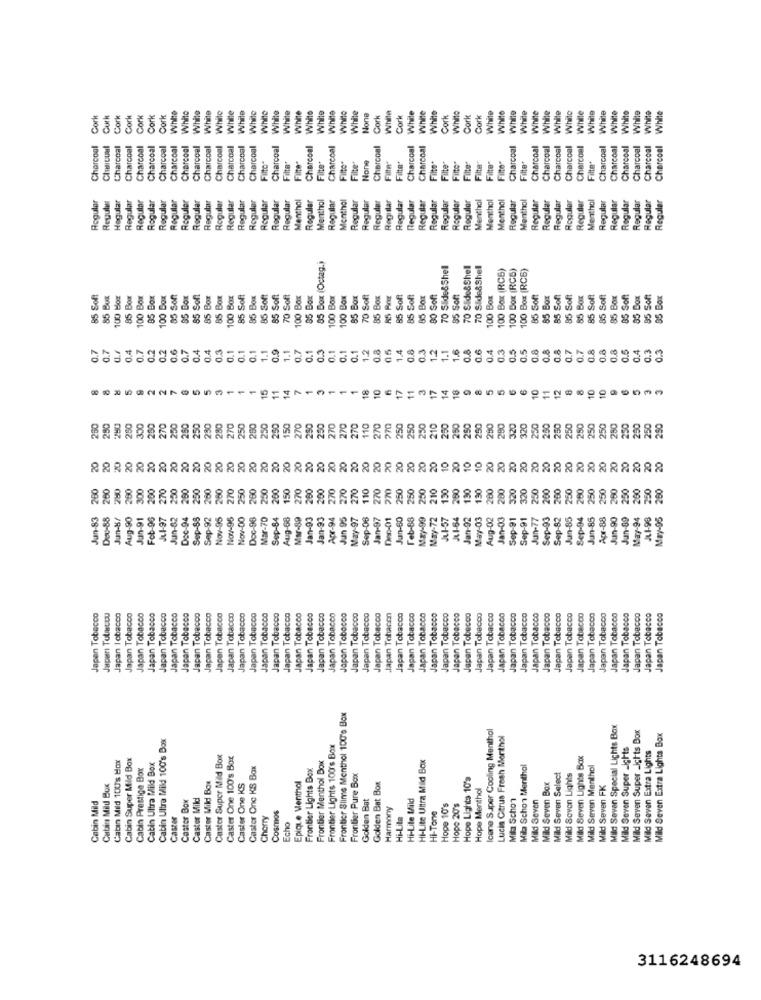
While
While
While
While
White
White
White
White
While
White
White
White
White
White
While
White
White
Cork
Cork
Cork
Cork
Cork
Cork
White
White
White
While
White
Cork
While
Cork
While
While
White
Cork
Cork
Cork
White
White
While
White
While
White
Charcoal
Charcoal
Charcoal
Charcoal
Charcoal
Charcoal
Charcoal
Charcoal
Charcoal
Charcoal
Charcoal
Charcoal
Charcoal
Charcoal
Charcoal
Charcoal
Charcoal
Charcoal
Charcoal
Charcoal
Charcoal
Charcoal
Charcoal
Charcoal
Charcoal
Charcoal
Charcoal
Charcoal
Charcoal
Charcoal
Charcoal
Charcoal
Filto"
Filter
Filte+
Filto"
Fifte"
Filte"
Finto"
Filter
Filte"
Filter
Filte"
Filte
Fitte"
Filte"
Filte
Filte"
Filte*
Roguler
Regular
Regular
Regular
Regular
Regular
Regular
Regular
Regular
Regular
Regular
Roguler
Regular
Regular
Regular
Menthol
Regular
Menthol
Regular
Monthal
Regular
Regular
Regular
Registar
Regular
Regular
Regular
Regular
Regular
Regular
Reguler
Menthol
Menthol
Menthol
Regular
Menthol
Regular
Regular
Regular
Rogular
Reguler
Menthol
Regular
Regular
Regular
Regular
Regular
Regular
Regula
Regula
Regula
85 Box (Octag.)
70 Slide&Shell
70 Slide&Shell
70 Slide&Shell
100 Box (RCS)
100 Box (RCS)
100 Box (RCB)
85 Soft
100 Box
85 Box
100 Box
05 Box
100 Box
85 Soft
95 Box
85 Soft
85 Box
85 Box
100 Box
85 Soft
85 Box
85 Soft
85 Soft
70 Soft
100 Box
85 Box
100 Box
100 Box
85 Box
70 Soft
85 Box
85 Soft
85 Soft
85 Box
80 Soft
100 Box
85 Soft
85 Box
85 Soft
85 Soft
85 Box
85 Soft
85 Soft
85 Box
85 Soft
05 Box
Soft
95 Box
85
85 B
0.4
0.7
0.2
0.2
0.7
0.4
0.4
0.3
0.1
0.1
0.1
1.1
0.9
1.1
0.7
0.1
0.3
0.1
0.1
12
0.8
05
1.4
0.8
0.3
1.2
1.1
1.6
0.8
0.6
0.4
0.3
0.5
0.5
0.8
0.8
0.8
0.7
0.7
0.8
0.8
0.8
0.5
0.4
0.3
0.3
0.1
14
3
10
2
8
15
11
18
10
11
8
10
10
280
270
250
250
210
250
250
250
320
320
250
300
250
230
270
250
250
250
250
150
270
250
250
270
270
110
270
270
250
250
290
280
250
250
250
250
250
250
250
280
250
250
250
250
20
20
10
20
10
20
20
20
20
20
20
300
200
250
260
250
260
260
270
250
260
250
200
150
270
250
200
270
270
270
110
270
270
250
250
250
210
150
260
130
130
200
200
320
320
250
200
200
250
260
250
250
260
250
200
260
Jan-83
Jun-8/
Aug-90
Jun-91
Feb-96
Je1-97
Jun-82
Doc-94
Sep-88
Sep-92
Nov-95
Nov-95
Nov-00
Doc-96
Mar-70
Sep-84
Aug-68
Mar-89
Jan-93
Jan-93
Apr-94
Jan 95
May-97
Jan-97
Dec-01
Jan-60
Feb-88
May-99
May-72
Jul-57
JA1-64
Jan-92
May-03
Aug-02
Jan-03
Sep-91
Sep-91
Jun-77
Sep-93
Sep-82
Jun-85
Sep-94
Jun-85
Apr-88
Jun-90
Jun-89
May-94
JL1-98
May-95
Dev-B
8
Japan Tobacco
Japan Tobacco
Japan Tobacco
Japan Tobacco
Japan Tobacco
n Tobacco
an Tobacco
Tobacco
Tobacco
Tobacco
Japan Tobacco
Japan Tobacco
Japan Tobacco
Japan Tobacco
Japir Tobuscou
cbaco
Japan Tobacco
Japan Tobacco
Japan Tobacco
Japan Tobacco
Japan Tobacco
Japan Tobacco
Japan Tobacco
Japan Tobacco
an Tobacco
Japan Tobacco
Japan Tobacco
Japan Tobacco
Japan Tobacco
Japan Tobacco
Japan Tobacco
Tobacco
Japan Tohacen
Japan Tobacco
Japan Tobacco
Japan Tobacco
Japan Tobacco
Japan Tobacco
Japan Tobacco
Japan Tobacco
Japan Tobacco
Japan Tobacco
Japan Tobacco
Japan Tobacco
Japan Tobacco
Japan Tobacco
Japan Tobacco
Japan Tobacco
Japan Tobacco
Japan Tobacco
Japan Tobacco
Japan
Japan
Japan
Frontier Slime Menthol 100'e Box
Icene Super Cooling Menthol
Mild Seven Special Lights Box
Cabin Ultra Mild 100's Box
Lucia Citrus Fresh Menthol
Mild Seven Super _Ichts Box
Mild Seven Extra Lighta Box
Frontier Lights 100's Box
Mild Seven Super _ights
Mild Seven Extra Lights
Cabin Mild 100s Box
Cabin Super Mild Box
Caster Super Mild Box
Caster One 100's Box
Frontier Menthol Box
HI-Lite Ultra Mild Box
Mild Seven Lights Box
Cabin Prestige Box
Cabin Ultra Mild Box
Caster One KS Box
Frontier Lights Box
Mila Schon Menthol
Mild Scvon Lights
Mild Seven Menthol
Frontier Pure Box
Hope Lights 10's
Mild Seven Select
Cabin Mild Box
Caster Mild Box
Caster One KS
Epique Menthol
Golden Bat Box
Hope Menthol
Mild Seven Box
Mild Seven FK
Cabin Mild
Castor Box
Caster Mild
Golden Bat
Hi-Lite Mild
Hope 20's
Mila Schon
Caster
Harmony
Hope 10's
Mild Seven
Cherry
Cosmos
Hi-Lite
Hi-Tone
Echo
3116248694